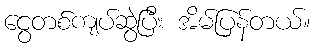
ငွေတစ်ကျပ်ဆွဲပြီး အိမ်ပြန်တယ်။